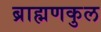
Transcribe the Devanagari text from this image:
ब्राह्मणकुल